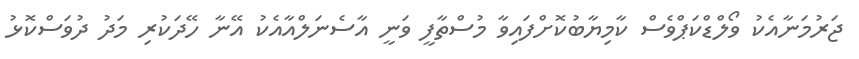
ޖަރުމަނާއެކު ވޯލްޑްކަޕްވެސް ކާމިޔާބުކޮށްފައިވާ މުސްތާފީ ވަނީ އާސެނަލްއާއެކު އޭނާ ހޭދަކުރި މަދު ދުވަސްކޮޅު